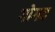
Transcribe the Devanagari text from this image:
गोगद